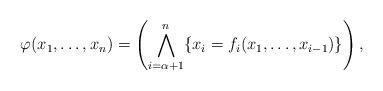
LaTeX: \begin{align*}\varphi(x_1,\dots,x_n)=\left(\bigwedge_{i=\alpha+1}^n\{x_{i}=f_i(x_1,\dots,x_{i-1})\}\right),\end{align*}